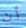
أن